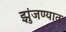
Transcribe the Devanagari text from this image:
झुंजण्यात